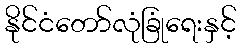
နိုင်ငံတော်လုံခြုံရေးနှင့်